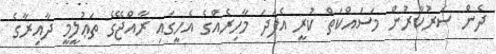
ދެން ސަރުކާރުން މަސައްކަތް ކުރީ އެފަދަ މާހިރެއްގެ އެހީގައި ރާއްޖޭގެ ތަޢުލީމީ ދާއިރާގެ